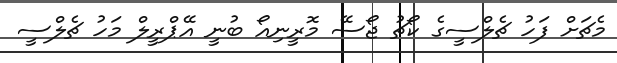
މެޗަށް ފަހު ޗެލްސީގެ ކޯޗު ޖޯސޭ މޮރީނިއޯ ބުނީ އޭޕްރީލް މަހު ޗެލްސީ